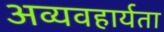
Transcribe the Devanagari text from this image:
अव्यवहार्यता